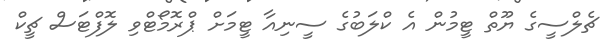
ޗެލްސީގެ ޔޫތް ޓީމުން އެ ކްލަބުގެ ސީނިއާ ޓީމަށް ޕްރޮމޯޓްވި ލޮފްޓަސް ޗީކް